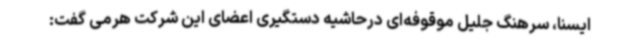
ایسنا، سرهنگ جلیل موقوفه‌ای درحاشیه دستگیری اعضای این شرکت هرمی گفت: